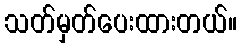
သတ်မှတ်ပေးထားတယ်။